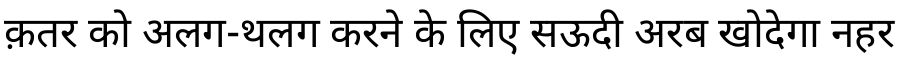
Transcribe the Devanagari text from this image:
क़तर को अलग-थलग करने के लिए सऊदी अरब खोदेगा नहर